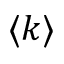
\langle k \rangle